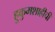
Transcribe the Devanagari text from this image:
हुकुमशाहीची